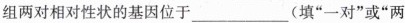
组两对相对性状的基因位于___(填”一对”或”两